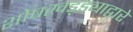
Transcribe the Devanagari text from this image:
शोषखड्ड्याद्वारे